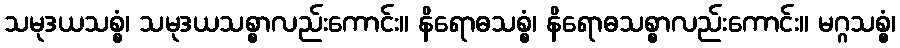
သမုဒယသစ္စံ၊ သမုဒယသစ္စာလည်းကောင်း။ နိရောဓသစ္စံ၊ နိရောဓသစ္စာလည်းကောင်း။ မဂ္ဂသစ္စွံ၊